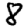
Digit: 8